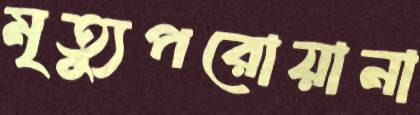
মৃত্যুপরোয়ানা